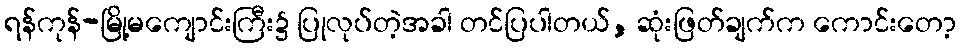
ရန်ကုန်-မြို့မကျောင်းကြီး၌ ပြုလုပ်တဲ့အခါ တင်ပြပါတယ်, ဆုံးဖြတ်ချက်က ကောင်းတော့